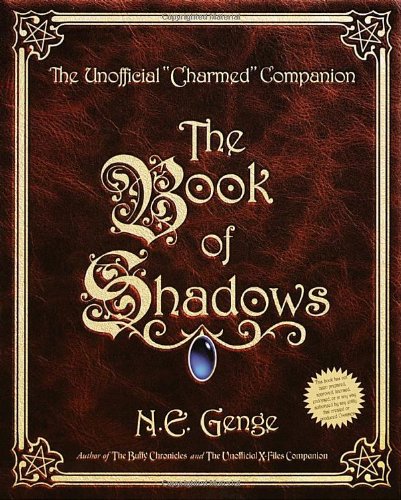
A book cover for The Book of Shadows : The Unofficial Charmed Companion; Ngaire E. Genge; Humor & Entertainment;